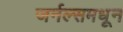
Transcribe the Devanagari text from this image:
जर्नल्समधून